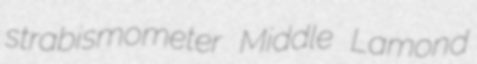
strabismometer Middle Lamond